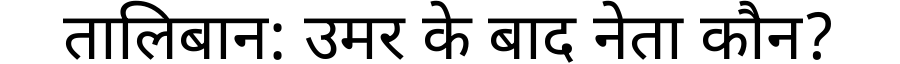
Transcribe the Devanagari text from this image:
तालिबान: उमर के बाद नेता कौन?